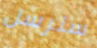
سنرسل